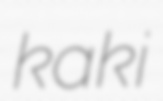
kaki